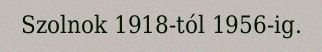
Szolnok 1918-tól 1956-ig.